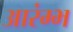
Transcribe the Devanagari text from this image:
आरंम्भ